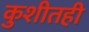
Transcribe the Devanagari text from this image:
कुशीतही